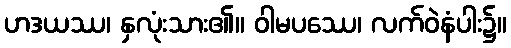
ဟဒယဿ၊ နှလုံးသား၏။ ဝါမပဿေ၊ လက်ဝဲနံပါး၌။